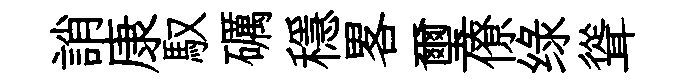
誚康馭礪穩畧璽僚绿聳